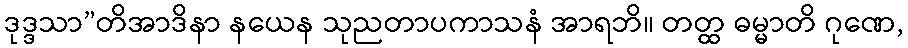
ဒုဒ္ဒသာ”တိအာဒိနာ နယေန သုညတာပကာသနံ အာရဘိ။ တတ္ထ ဓမ္မာတိ ဂုဏေ,